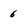
Character: 6